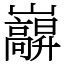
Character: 巐